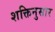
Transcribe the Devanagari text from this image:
शक्तिनुसार